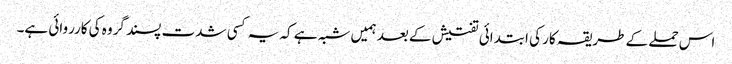
اس حملے کے طریقہ کار کی ابتدائی تفتیش کے بعد ہمیں شبہ ہے کہ یہ کسی شدت پسند گروہ کی کارروائی ہے۔